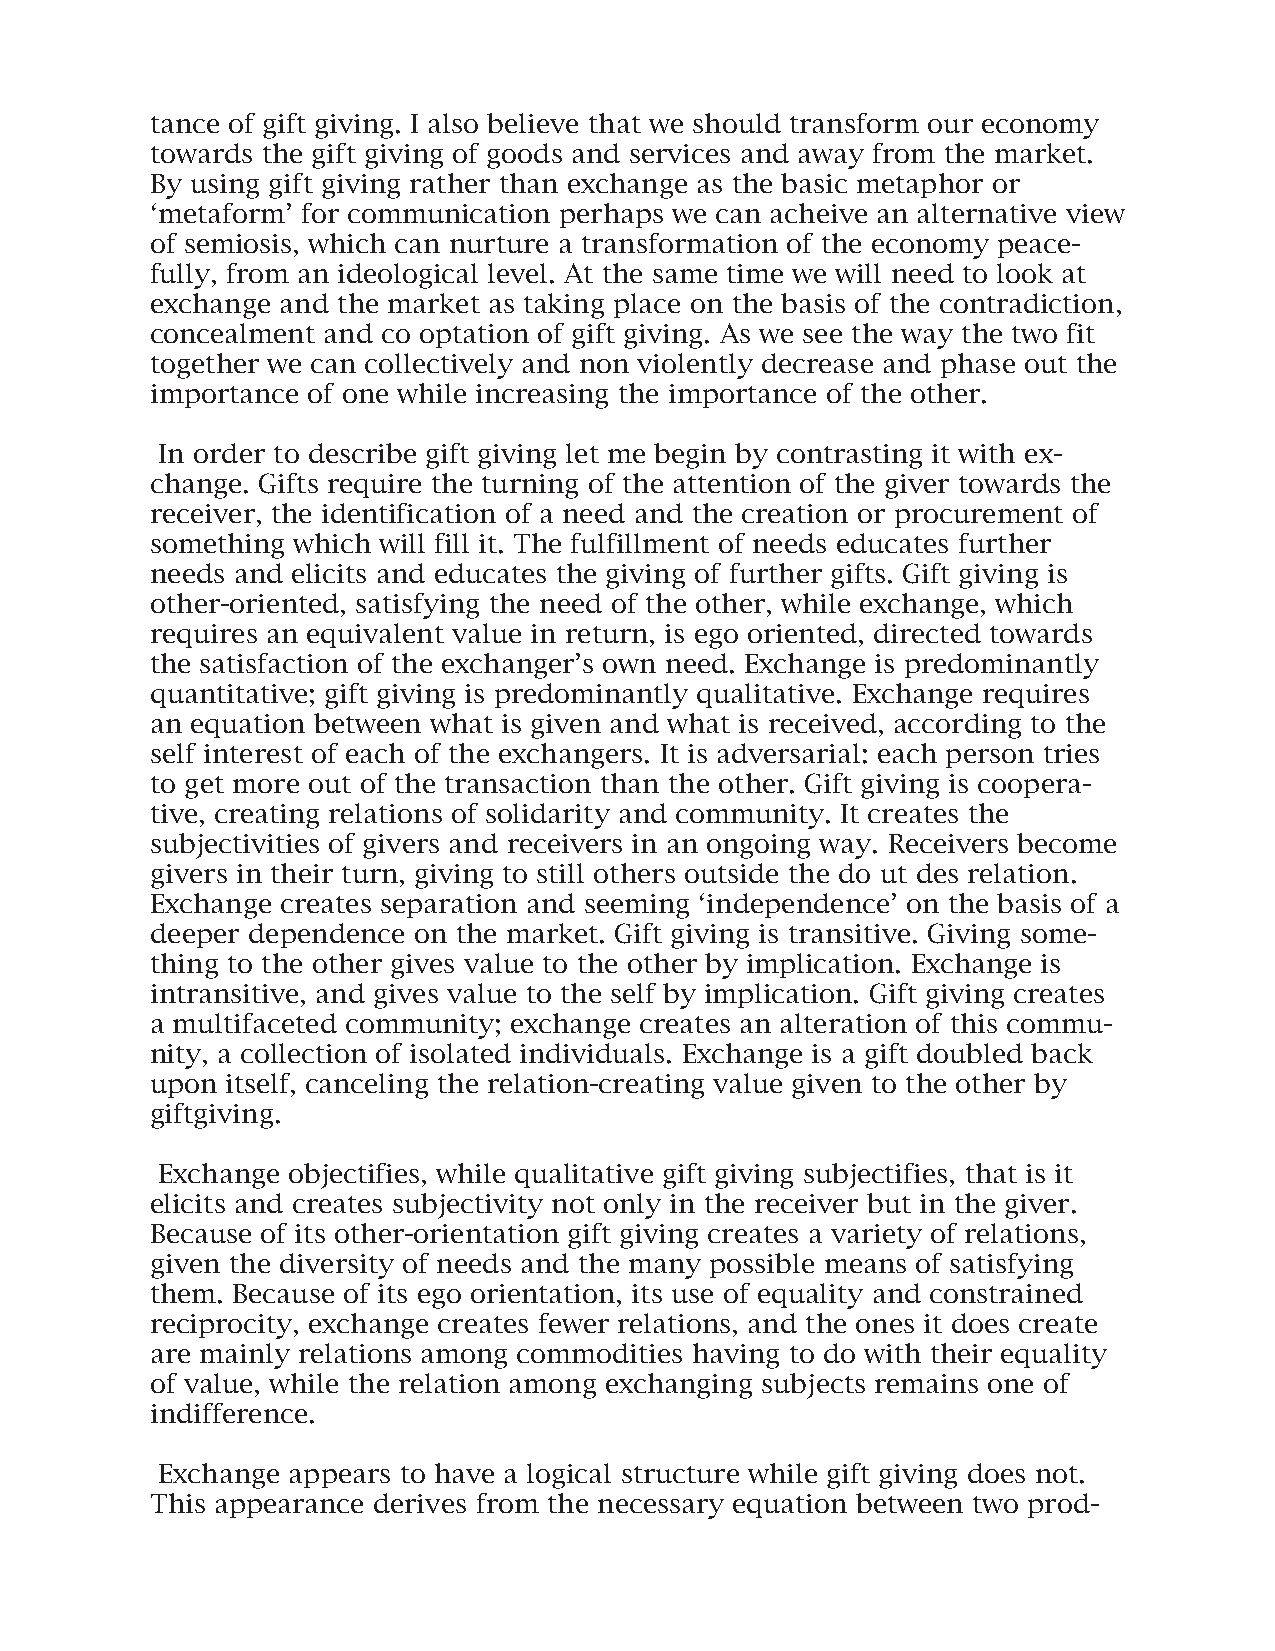
tance of gift giving. I also believe that we should transform our economy
 towards the gift giving of goods and services and away from the market.
 By using gift giving rather than exchange as the basic metaphor or
 ‘metaform’ for communication perhaps we can acheive an alternative view
 of semiosis, which can nurture a transformation of the economy peace-
 fully, from an ideological level. At the same time we will need to look at
 exchange and the market as taking place on the basis of the contradiction,
 concealment and co optation of gift giving. As we see the way the two fit
 together we can collectively and non violently decrease and phase out the
 importance of one while increasing the importance of the other.
 In order to describe gift giving let me begin by contrasting it with ex-
 change. Gifts require the turning of the attention of the giver towards the
 receiver, the identification of a need and the creation or procurement of
 something which will fill it. The fulfillment of needs educates further
 needs and elicits and educates the giving of further gifts. Gift giving is
 other-oriented, satisfying the need of the other, while exchange, which
 requires an equivalent value in return, is ego oriented, directed towards
 the satisfaction of the exchanger’s own need. Exchange is predominantly
 quantitative; gift giving is predominantly qualitative. Exchange requires
 an equation between what is given and what is received, according to the
 self interest of each of the exchangers. It is adversarial: each person tries
 to get more out of the transaction than the other. Gift giving is coopera-
 tive, creating relations of solidarity and community. It creates the
 subjectivities of givers and receivers in an ongoing way. Receivers become
 givers in their turn, giving to still others outside the do ut des relation.
 Exchange creates separation and seeming ‘independence’ on the basis of a
 deeper dependence on the market. Gift giving is transitive. Giving some-
 thing to the other gives value to the other by implication. Exchange is
 intransitive, and gives value to the self by implication. Gift giving creates
 a multifaceted community; exchange creates an alteration of this commu-
 nity, a collection of isolated individuals. Exchange is a gift doubled back
 upon itself, canceling the relation-creating value given to the other by
 giftgiving.
 Exchange objectifies, while qualitative gift giving subjectifies, that is it
 elicits and creates subjectivity not only in the receiver but in the giver.
 Because of its other-orientation gift giving creates a variety of relations,
 given the diversity of needs and the many possible means of satisfying
 them. Because of its ego orientation, its use of equality and constrained
 reciprocity, exchange creates fewer relations, and the ones it does create
 are mainly relations among commodities having to do with their equality
 of value, while the relation among exchanging subjects remains one of
 indifference.
 Exchange appears to have a logical structure while gift giving does not.
 This appearance derives from the necessary equation between two prod-